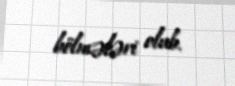
bölmələri olub.